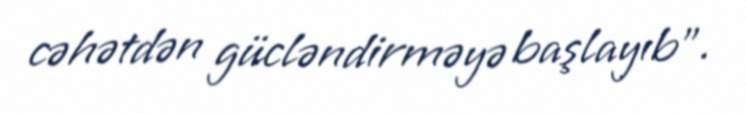
cəhətdən gücləndirməyə başlayıb”.